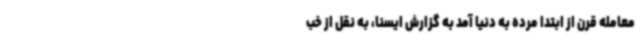
معامله قرن از ابتدا مرده به دنیا آمد به گزارش ایسنا، به نقل از خب